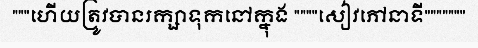
"""ហើយត្រូវបានរក្សាទុកនៅក្នុង """"សៀវភៅនាទី"""""""